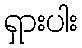
ရှားပါး